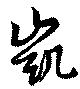
凱